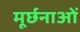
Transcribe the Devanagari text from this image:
मूर्छनाओं